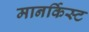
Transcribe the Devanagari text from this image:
मानर्किस्ट